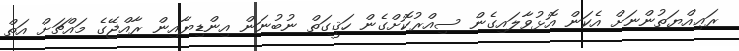
ރަޢިއްޔަތުންނަށް އެކަން އޮޅުވާލައިގެން ސިއްރުކޮށްގެން ހަޤީގަތް ނުބުނަން އިންޑިޔާއިން ރާއްޖޭގެ މައްޗަށް އަތް